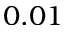
0 . 0 1